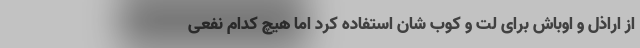
از اراذل و اوباش برای لت و کوب شان استفاده کرد اما هیچ کدام نفعی